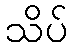
သိပ်